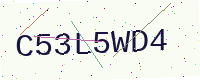
Text: C53L5WD4